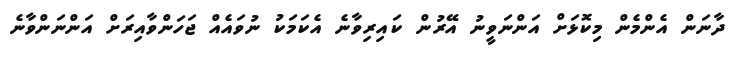
ދާނަން އެންމެން މިކޮޅަށް އަންނަވީނު އޭރުން ކައިރިވާނެ އެކަމަކު ނުވައެއް ޖަހަންވާއިރަށް އަންނަންވާނެ